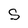
Character: S